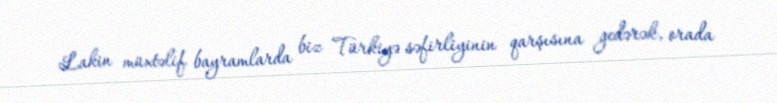
Lakin müxtəlif bayramlarda biz Türkiyə səfirliyinin qarşısına gedərək, orada